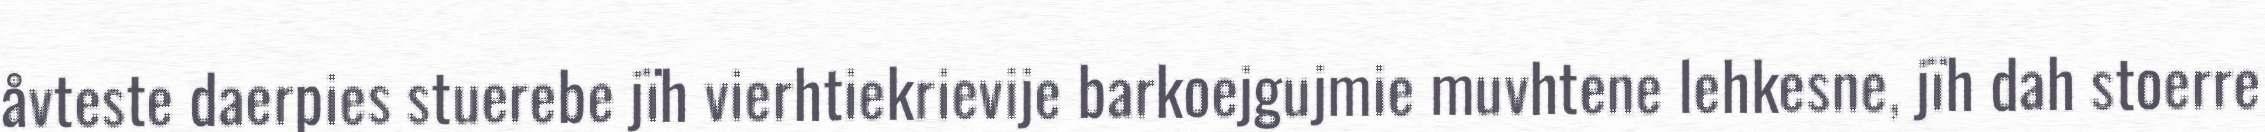
åvteste daerpies stuerebe jïh vierhtiekrievije barkoejgujmie muvhtene lehkesne, jïh dah stoerre